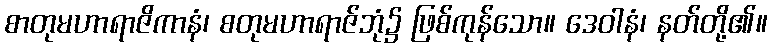
စာတုမဟာရာဇိကာနံ၊ စတုမဟာရာဇ်ဘုံ၌ ဖြစ်ကုန်သော။ ဒေဝါနံ၊ နတ်တို့၏။